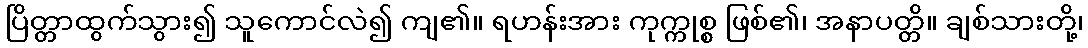
ပြိတ္တာထွက်သွား၍ သူကောင်လဲ၍ ကျ၏။ ရဟန်းအား ကုက္ကုစ္စ ဖြစ်၏၊ အနာပတ္တိ။ ချစ်သားတို့၊